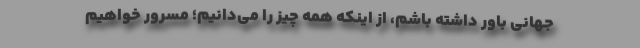
جهانی باور داشته باشم، از اینکه همه چیز را می‌دانیم؛ مسرور خواهیم